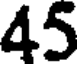
45